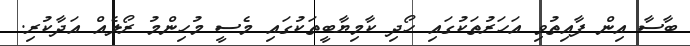
ބާސާ އިން ފާއިތުވި އަހަރުތަކުގައި ހޯދި ކާމިޔާބީތަކުގައި މެސީ މުހިންމު ރޯލެއް އަދާކުރި.